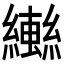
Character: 𬘄